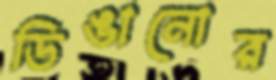
ডিঙানোর